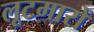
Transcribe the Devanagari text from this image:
लूटमारों